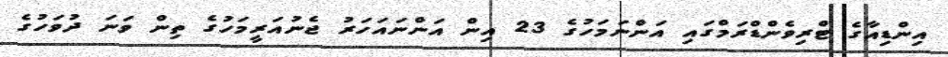
އިންޑިއާގެ ޓްރިވެންޑްރަމްގައި އަންނަމަހުގެ 23 އިން އަންނައަހަރު ޖެނުއަރީމަހުގެ ތިން ވަނަ ދުވަހުގެ